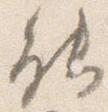
能